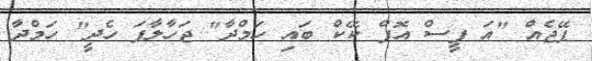
ޕޭޖެއް "އަ ފީސް އޮފް ކޭކް ބައި ހަމްދާ" ޖަހާލާފަ ހެދީ" ހަމްދާ